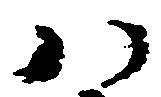
八